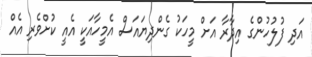
އަދި ފުލުހުންގެ އިދާރާ އަށް މީހަކު ގެންދިޔައަސް އެމީހާއަކީ އެއީ ކުށްވެރި އެއް